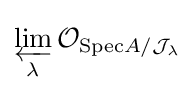
\varprojlim _{\lambda }{\mathcal {O}}_{{\text{Spec}}A/{\mathcal {J}}_{\lambda }}